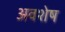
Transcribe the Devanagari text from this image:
अवशेष्‍ा